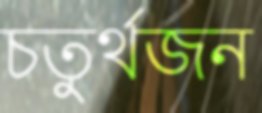
চতুর্থজন